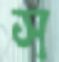
স